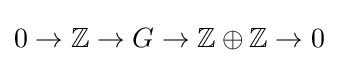
0\to \mathbb {Z} \to G\to \mathbb {Z} \oplus \mathbb {Z} \to 0